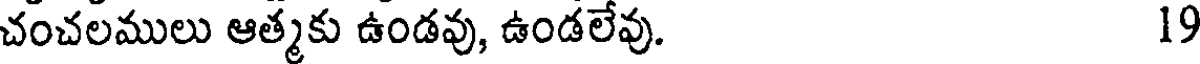
చంచలములు ఆత్మకు ఉండవు, ఉండలేవు. 19